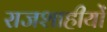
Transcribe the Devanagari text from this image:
राजशाहीयों